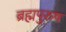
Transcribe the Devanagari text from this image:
ब्रह्मपुरुष